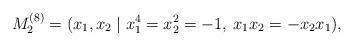
LaTeX: \begin{align*}M_2^{(8)}=(x_1,x_2\;|\;x_1^4=x_2^2=-1,\: x_1x_2=-x_2x_1),\end{align*}